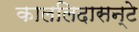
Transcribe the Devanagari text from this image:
काललिदासन्टे